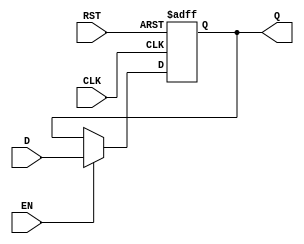
module pipeline_buffer #(
    parameter DATA_WIDTH = 8  // Parameter for the width of the data
)(
    input  wire [DATA_WIDTH-1:0] D,   // Data input
    input  wire CLK,                   // Clock input
    input  wire EN,                    // Enable signal
    input  wire RST,                   // Asynchronous reset
    output reg  [DATA_WIDTH-1:0] Q     // Data output
);

// Asynchronous reset and data capture
always @(posedge CLK or posedge RST) begin
    if (RST) begin
        Q <= {DATA_WIDTH{1'b0}};       // Reset output to known state (zero)
    end else if (EN) begin
        Q <= D;                        // Capture data on clock edge when enabled
    end
end

endmodule